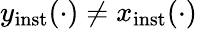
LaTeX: y_{\mathrm{inst}}(\cdot)\ne x_{\mathrm{inst}}(\cdot)